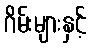
ဂိမ်းများနှင့်